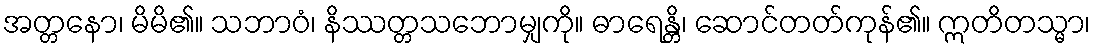
အတ္တနော၊ မိမိ၏။ သဘာဝံ၊ နိဿတ္တသဘောမျှကို။ ဓာရေန္တိ၊ ဆောင်တတ်ကုန်၏။ ဣတိတသ္မာ၊